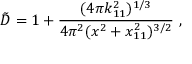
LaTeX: { \tilde { D } } = 1 + { \frac { ( 4 \pi k _ { 1 1 } ^ { 2 } ) ^ { 1 / 3 } } { 4 \pi ^ { 2 } ( x ^ { 2 } + x _ { 1 1 } ^ { 2 } ) ^ { 3 / 2 } } } \ ,